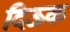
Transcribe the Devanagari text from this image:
दिऊक